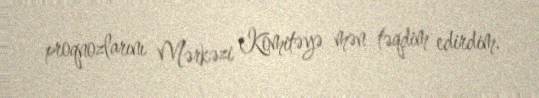
proqnozlarını Mərkəzi Komitəyə mən təqdim edirdim.